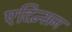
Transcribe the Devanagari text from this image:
एदिन्सन